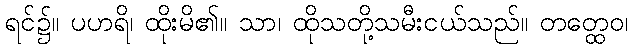
ရင်၌။ ပဟရိ၊ ထိုးမိ၏။ သာ၊ ထိုသတို့သမီးငယ်သည်။ တတ္ထေဝ၊